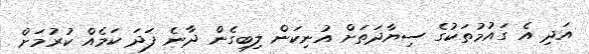
އަދި އެ ގައުމުތަކުގެ ސިޔާދަތަށް އުނިކަން ލިބިގެން ދާނެ ފަދަ ކަމެއް ކުރުމަށް